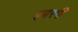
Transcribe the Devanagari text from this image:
इबारगी